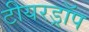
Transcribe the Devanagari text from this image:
टीयरड्रॉप